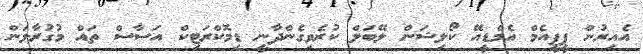
އެއިރުން ޕީޕީއެމް އެމްޑީއޭ ކޯލިޝަން ލޭބަލް ކުރެވިގެންދާނީ ޑިމޮކްރަޓިކް އަސާސް ތައް މުގުރާލަން